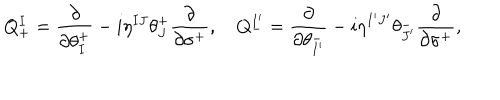
Q _ { + } ^ { I } = \frac { \partial } { \partial \theta _ { I } ^ { + } } - i \eta ^ { I J } \theta _ { J } ^ { + } \frac { \partial } { \partial \sigma ^ { + } } , Q _ { - } ^ { I ^ { \prime } } = \frac { \partial } { \partial \theta _ { I ^ { \prime } } ^ { - } } - i \eta ^ { I ^ { \prime } J ^ { \prime } } \theta _ { J ^ { \prime } } ^ { - } \frac { \partial } { \partial \sigma ^ { + } } ,